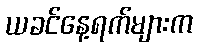
ယခင်နေ့ရက်များက